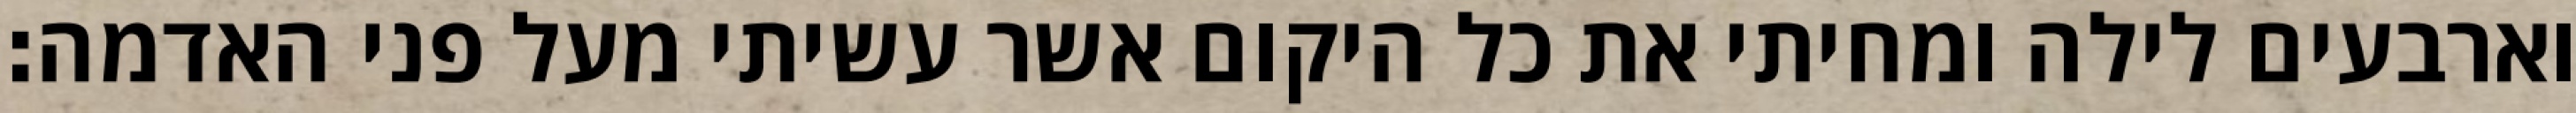
וארבעים לילה ומחיתי את כל היקום אשר עשיתי מעל פני האדמה׃